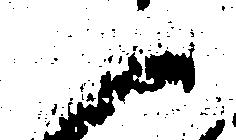
御